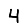
Digit: 4